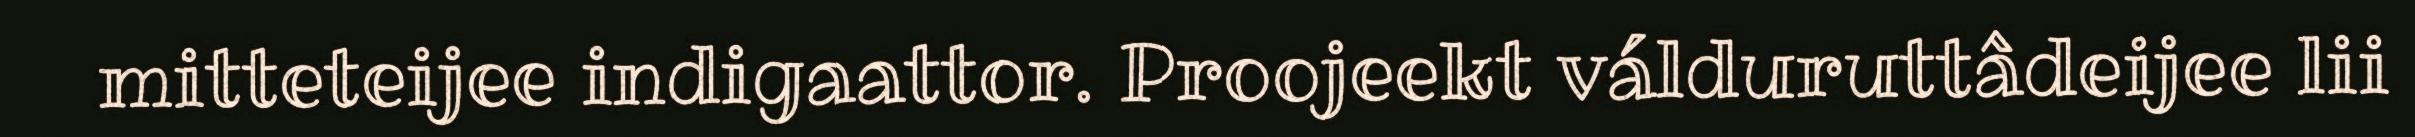
mitteteijee indigaattor. Proojeekt válduruttâdeijee lii